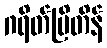
ဂရိတ်ဗြိတိန်